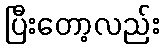
ပြီးတော့လည်း